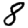
Digit: 8